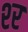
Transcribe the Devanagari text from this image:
श्‍र